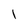
Character: l